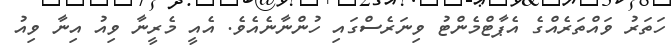
ހަތަރު ވައްތަރެއްގެ އެޕާޓްމެންޓު ވިނަރެސްގައި ހުންނާނެއެވެ. އެއީ މެރީނާ ވިއު އިނާ ވިއު